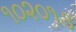
૧૦૨૦૧૩